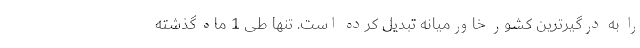
را به درگیرترین کشور خاورمیانه تبدیل کرده است. تنها طی 1 ماه گذشته